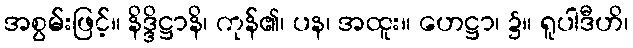
အစွမ်းဖြင့်။ နိဒ္ဒိဋ္ဌာနိ၊ ကုန်၏၊ ပန၊ အထူး။ ဟေဋ္ဌာ၊ ၌။ ရူပါဒီဟိ၊